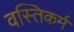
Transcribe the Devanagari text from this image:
वस्तिकर्म